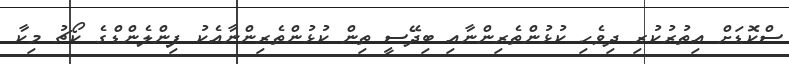
ސްކޮޑަށް އިތުރުކުރި ދިވެހި ކުޅުންތެރިންނާއި ބިދޭސީ ތިން ކުޅުންތެރިންނާއެކު ފިންލެންޑްގެ ކޯޗު މިކާ